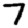
Digit: 7